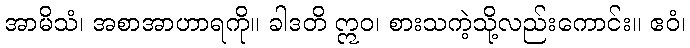
အာမိသံ၊ အစာအာဟာရကို။ ခါဒတိ ဣဝ၊ စားသကဲ့သို့လည်းကောင်း။ ဧဝံ၊